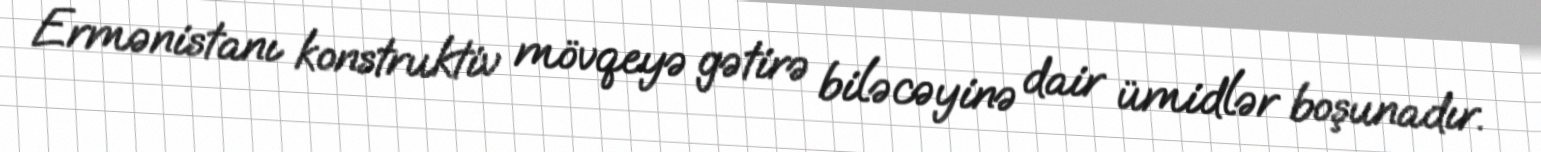
Ermənistanı konstruktiv mövqeyə gətirə biləcəyinə dair ümidlər boşunadır.